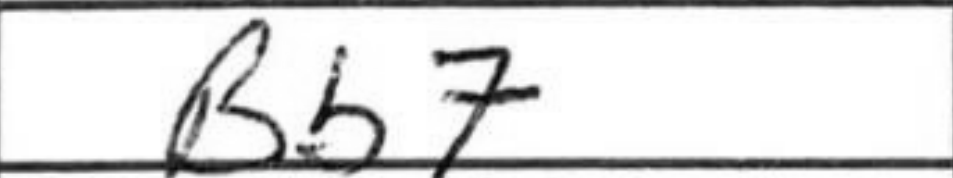
Transcription: Bb7